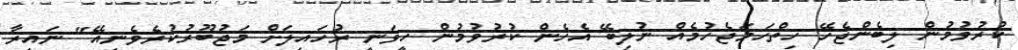
ކުރުވުމުން ލިބެންޖެހޭ ހިތްހަމަޖެހުމެއް ނުލިބޭ އެހެން ކުރުވުމުން ހީވަނީ ރުހައިލަށް މަޖުބޫރުކުރެވެނީއޭ" ނައިރާ